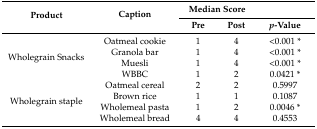
<table><thead><tr><td rowspan="2"><b>Product</b></td><td rowspan="2"><b>Caption</b></td><td colspan="2"><b>Median Score</b></td><td></td></tr><tr><td><b>Pre</b></td><td><b>Post</b></td><td><b><i>p</i>-Value</b></td></tr></thead><tbody><tr><td rowspan="4">Wholegrain Snacks</td><td>Oatmeal cookie</td><td>1</td><td>4</td><td>&lt;0.001 *</td></tr><tr><td>Granola bar</td><td>1</td><td>4</td><td>&lt;0.001 *</td></tr><tr><td>Muesli</td><td>1</td><td>4</td><td>&lt;0.001 *</td></tr><tr><td>WBBC</td><td>1</td><td>2</td><td>0.0421 *</td></tr><tr><td rowspan="4">Wholegrain staple</td><td>Oatmeal cereal</td><td>2</td><td>2</td><td>0.5997</td></tr><tr><td>Brown rice</td><td>1</td><td>1</td><td>0.1087</td></tr><tr><td>Wholemeal pasta</td><td>1</td><td>2</td><td>0.0046 *</td></tr><tr><td>Wholemeal bread</td><td>4</td><td>4</td><td>0.4553</td></tr></tbody></table>